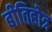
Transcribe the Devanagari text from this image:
बीतिहोत्र